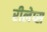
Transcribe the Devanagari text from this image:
रीलेप्स